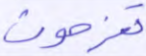
تفرحون